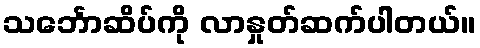
သင်္ဘောဆိပ်ကို လာနှုတ်ဆက်ပါတယ်။